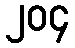
၂၀၄